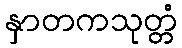
နှာတကသုတ္တံ